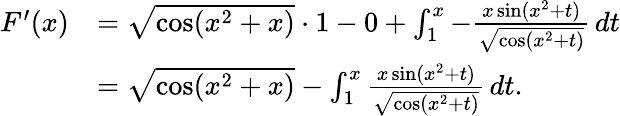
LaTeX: \begin{array}{rl}{F^{\prime}(x)}&{=\sqrt{\cos(x^{2}+x)}\cdot 1-0+\int_{1}^{x}-\frac{x\sin(x^{2}+t)}{\sqrt{\cos(x^{2}+t)}}\, dt}\\ &{=\sqrt{\cos(x^{2}+x)}-\int_{1}^{x}\frac{x\sin(x^{2}+t)}{\sqrt{\cos(x^{2}+t)}}\, dt.}\end{array}